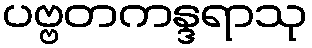
ပဗ္ဗတကန္ဒရာသု